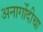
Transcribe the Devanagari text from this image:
अनागोंदीचा